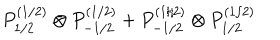
LaTeX: P _ { 1 / 2 } ^ { ( 1 / 2 ) } \otimes P _ { - 1 / 2 } ^ { ( 1 / 2 ) } + P _ { - 1 / 2 } ^ { ( 1 / 2 ) } \otimes P _ { 1 / 2 } ^ { ( 1 / 2 ) }